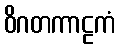
ဝိဂတကာဠကံ